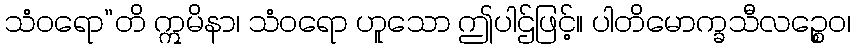
သံဝရော”တိ ဣမိနာ၊ သံဝရော ဟူသော ဤပါဌ်ဖြင့်။ ပါတိမောက္ခသီလဉ္စေဝ၊